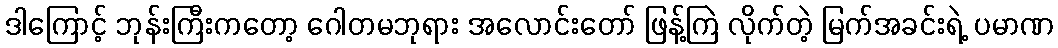
ဒါကြောင့် ဘုန်းကြီးကတော့ ဂေါတမဘုရား အလောင်းတော် ဖြန့်ကြဲ လိုက်တဲ့ မြက်အခင်းရဲ့ ပမာဏ